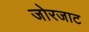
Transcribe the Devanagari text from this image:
जोरजाट